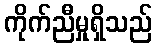
ကိုက်ညီမှုရှိသည်